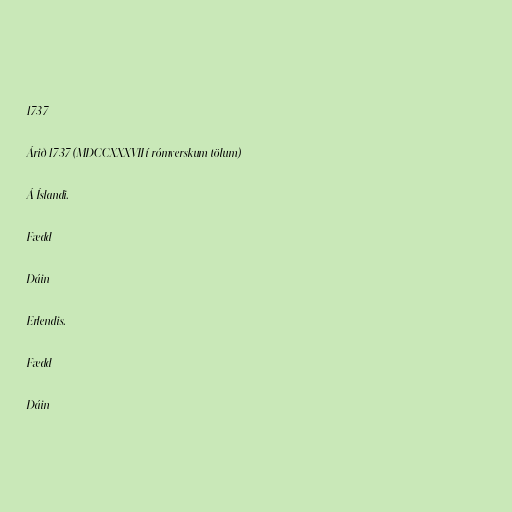
1737

Árið 1737 (MDCCXXXVII í rómverskum tölum)

Á Íslandi.

Fædd

Dáin

Erlendis.

Fædd

Dáin